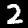
Digit: 2